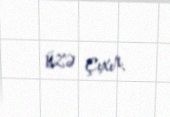
üzə çıxır.